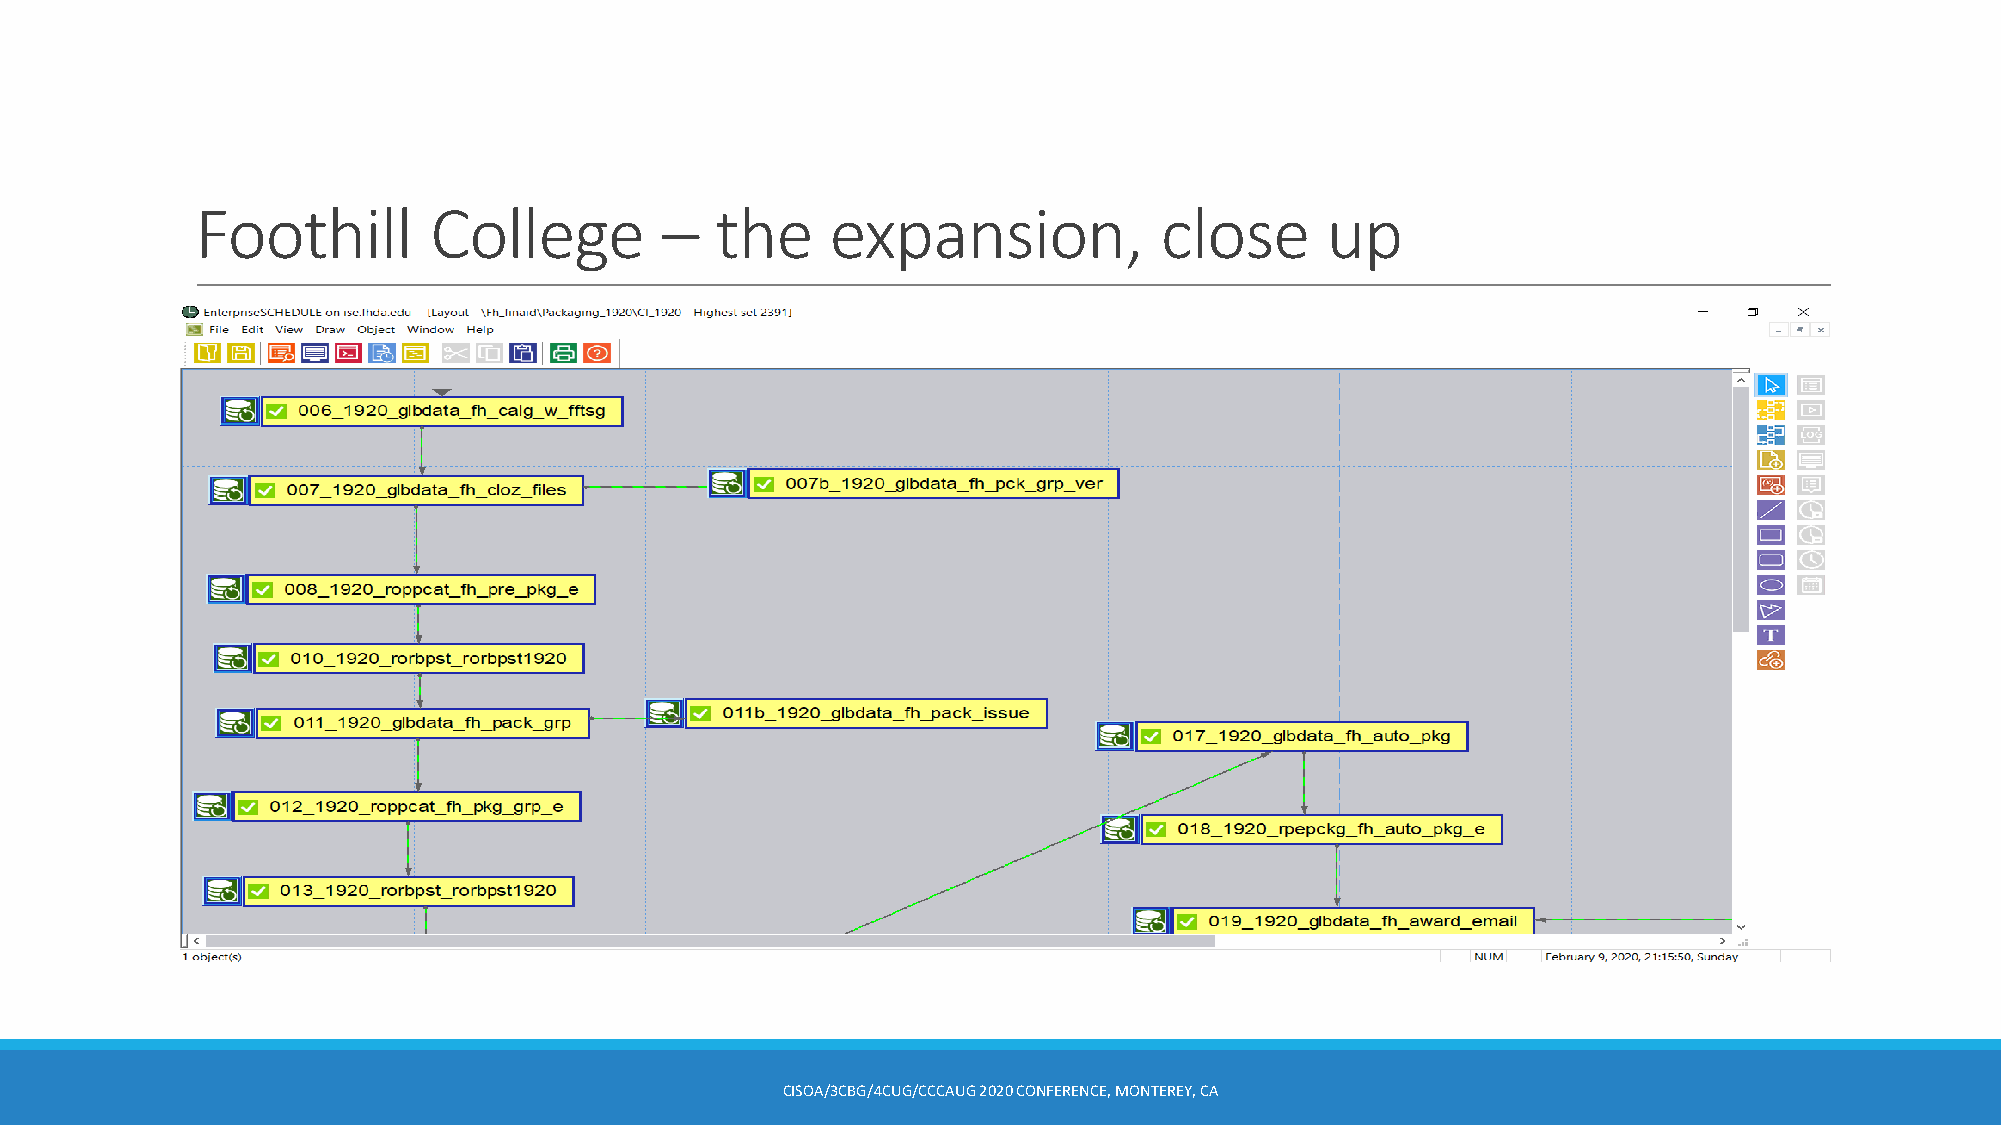
Foothill       College         –  the     expansion,            close      up
 CISOA/3CBG/4CUG/CCCAUG 2020 CONFERENCE, MONTEREY, CA